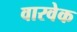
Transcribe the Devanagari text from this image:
वारवेक